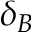
\delta _ { B }